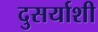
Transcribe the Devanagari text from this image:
दुसर्याशी